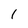
Character: I